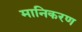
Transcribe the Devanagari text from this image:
मानिकरण